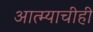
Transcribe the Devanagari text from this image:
आत्म्याचीही